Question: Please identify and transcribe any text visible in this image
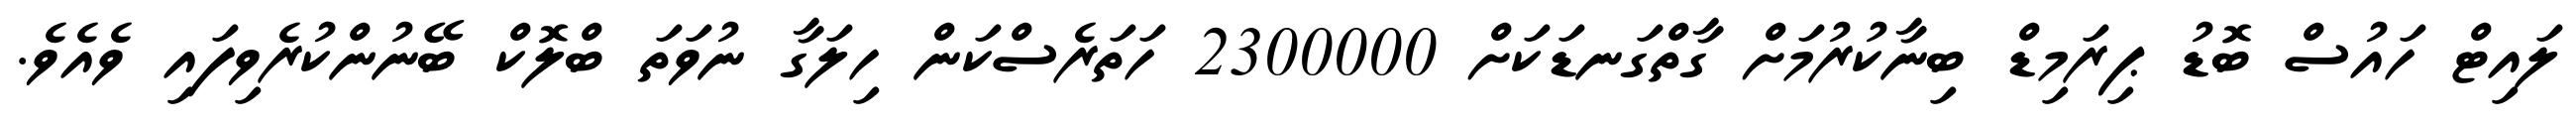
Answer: ލައިޓް ހައުސް ބޮޑު ޕިރަމިޑް ބިނާކުރުމަށް ގާތްގަނޑަކަށް 2300000 ހަތަރެސްކަން ހިލަގާ ނުވަތަ ބްލޮކް ބޭނުންކުރެވިފައި ވެއެވެ.